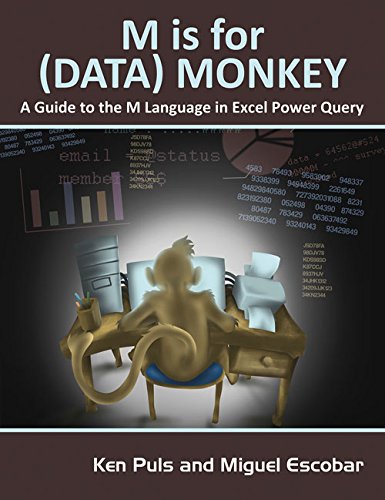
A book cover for M Is for (Data) Monkey: A Guide to the M Language in Excel Power Query; Ken Puls; Computers & Technology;